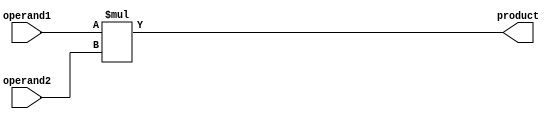
module multiplier (
    input [3:0] operand1,
    input [3:0] operand2,
    output reg [7:0] product
);

always @(*) begin
    product = operand1 * operand2;
end

endmodule